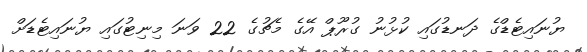
ޔުނައިޓެޑްގެ ދަނޑުގައި ކުޅުނު ގުރޫޕް އޭގެ މެޗުގެ 22 ވަނަ މިނިޓުގައި ޔުނައިޓެޑަށް